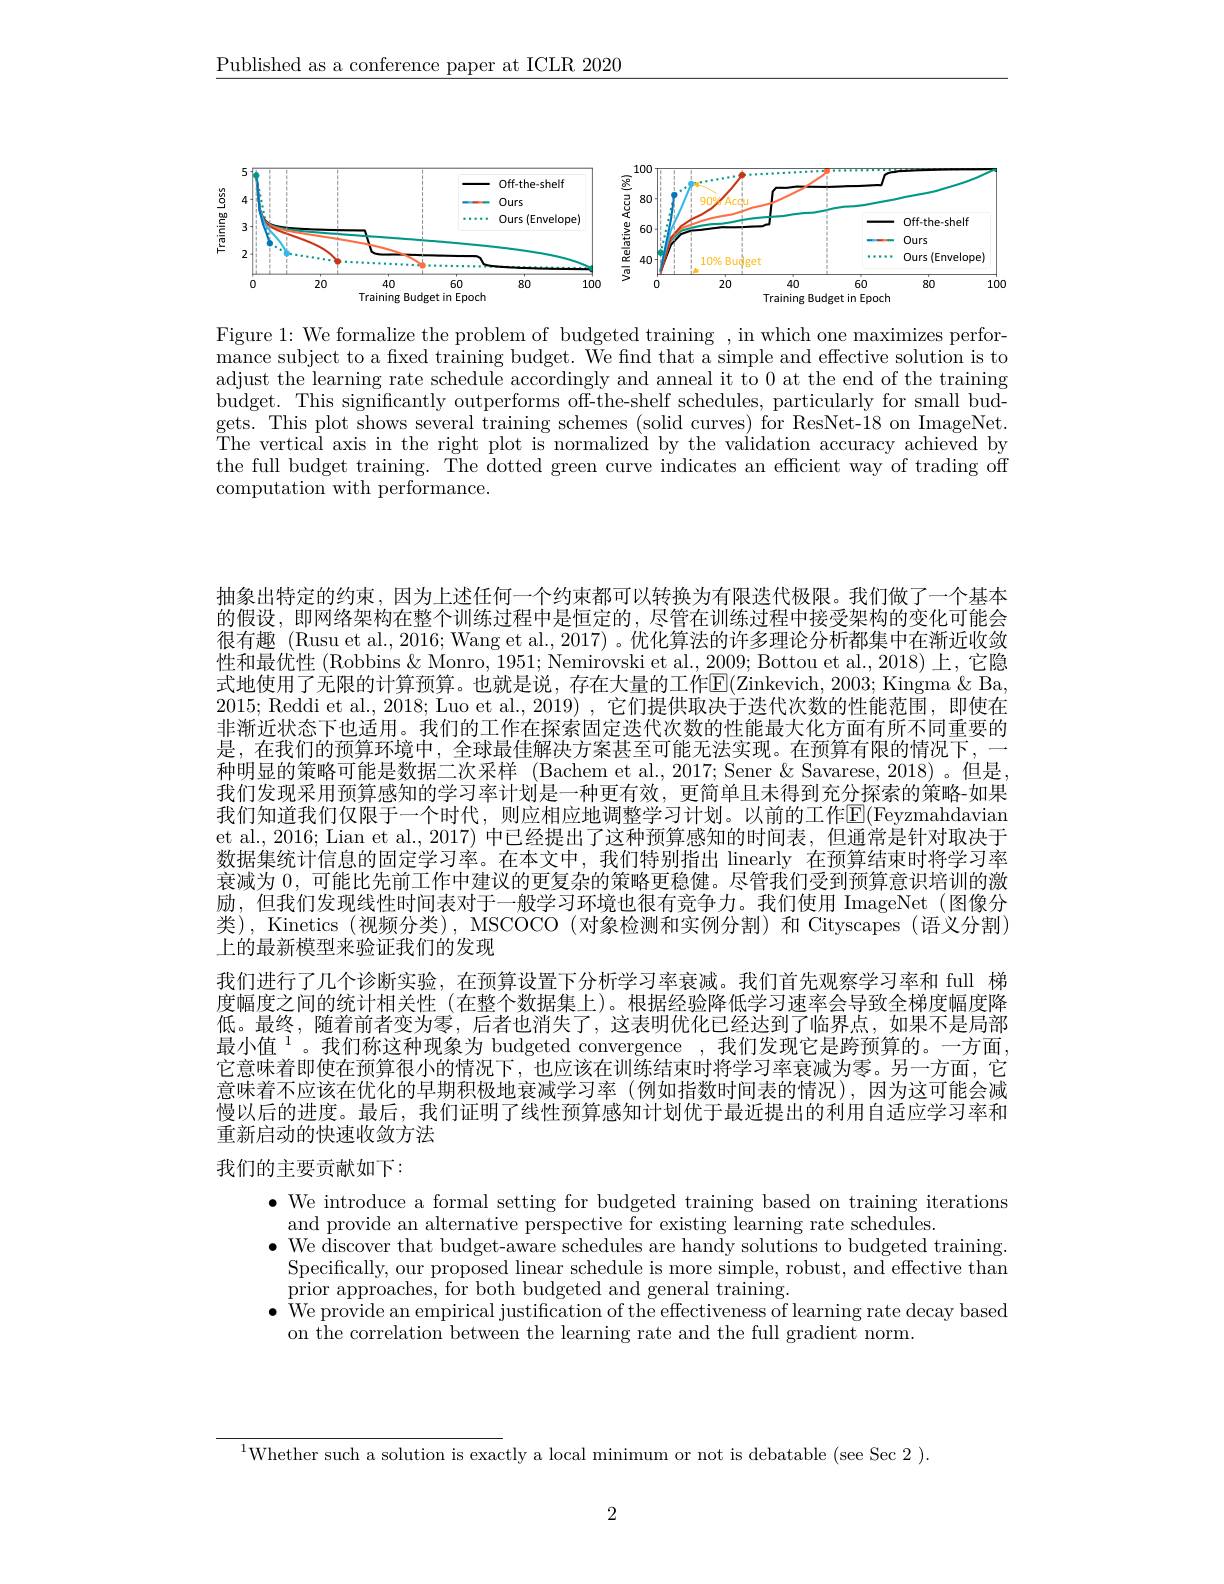
$\underline{\text{Published as a conference paper at ICLR 2020}}$

<FigureHere>

Figure 1: We formalize the problem of budgeted training , in which one maximizes performance subject to a fixed training budget. We find that a simple and effective solution is to adjust the learning rate schedule accordingly and anneal it to 0 at the end of the training budget. This significantly outperforms off-the-shelf schedules, particularly for small budgets. This plot shows several training schemes (solid curves) for ResNet-18 on ImageNet. $\bar{\text{The vertical axis in the right plot is normalized by the validation accuracy achieved by}}$ the full budget training. The dotted green curve indicates an efficient way of trading off computation with performance.

抽象出特定的约束，因为上述任何一个约束都可以转换为有限迭代极限。我们做了一个基本的假设，即网络架构在整个训练过程中是恒定的，尽管在训练过程中接受架构的变化可能会很有趣 (Rusu et al., 2016; Wang et al., 2017) 。优化算法的许多理论分析都集中在渐近收敛性和最优性 (Robbins & Monro, 1951; Nemirovski et al., 2009; Bottou et al., 2018) 上，它隐式地使用了无限的计算预算。也就是说，存在大量的工作E(Zinkevich, 2003; Kingma & Ba 2015; Reddi et al., 2018; Luo et al., 2019) , 它们提供取决于迭代次数的性能范围，即使在非漸近状态下也适用。我们的工作在探索固定迭代次数的性能最大化方面有所不同重要的是，在我们的预算环境中，全球最佳解决方案甚至可能无法实现。在预算有限的情况下，
种明显的策略可能是数据二次采样 (Bachem et al.,2017; Sener & Savarese, 2018) 。但是， 我们发现采用预算感知的学习率计划是一种更有效，更简单且未得到充分探索的策略-如果我们知道我们仅限于一个时代，则应相应地调整学习计划。以前的工作$\mathbb{E}($Feyzmahdavian et al., 2016; Lian et al., 2017) 中已经提出了这种预算感知的时间表，但通常是针对取决于数据集统计信息的固定学习率。在本文中，我们特别指出 linearly 在预算结束时将学习率衰减为0，可能比先前工作中建议的更复杂的策略更稳健。尽管我们受到预算意识培训的激励，但我们发现线性时间表对于一般学习环境也很有竞争力。我们使用 ImageNet(图像分类),Kinetics (视频分类),MSCOCO(对象检测和实例分割)和 Cityscapes(语义分割) 上的最新模型来验证我们的发现
我们进行了几个诊断实验，在预算设置下分析学习率衰减。我们首先观察学习率和 full 梯度幅度之间的统计相关性 (在整个数据集上)。根据经验降低学习速率会导致全梯度幅度降低。最终，随着前者变为零，后者也消失了，这表明优化已经达到了临界点，如果不是局部最小值$^1$。我们称这种现象为 budgeted convergence ,我们发现它是跨预算的。一方面， 它意味着即使在预算很小的情况下，也应该在训练结束时将学习率衰减为零。另一方面，它意味着不应该在优化的早期积极地衰减学习率 (例如指数时间表的情况),因为这可能会减慢以后的进度。最后，我们证明了线性预算感知计划优于最近提出的利用自适应学习率和重新启动的快速收敛方法
我们的主要贡献如下：

$\bullet$ We introduce a formal setting for budgeted training based on training iterations
and provide an alternative perspective for existing learning rate schedules.
$\bullet$ We discover that budget-aware schedules are handy solutions to budgeted training.
Specifically, our proposed linear schedule is more simple, robust, and effective than
$\begin{array}{c}\mathrm{prior~approaches,~for~both~budgeted~and~general~training.}\\\end{array}$
$\bullet$ We provide an empirical justification of the effectiveness of learning rate decay based
on the correlation between the learning rate and the full gradient norm.

$^{1}$Whether such a solution is exactly a local minimum or not is debatable (see Sec 2).

2